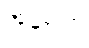
အဗ္ဘိတော